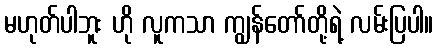
မဟုတ်ပါဘူး ဟို လူကသာ ကျွန်တော်တို့ရဲ့ လမ်းပြပါ။